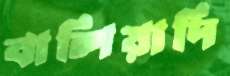
বালিয়াদি